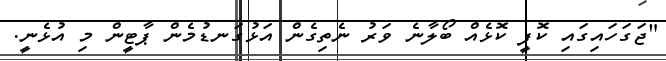
"ޖަގަހައިގައި ކޮފީ ކޮޅެއް ބޯލާނެ ވަރު ނެތިގެން އަޅުގަނޑުމެން ޕާޓީން މި އުޅެނީ.